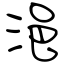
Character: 浥